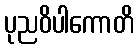
ပုညဝိပါကောတိ